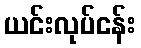
ယင်းလုပ်ငန်း